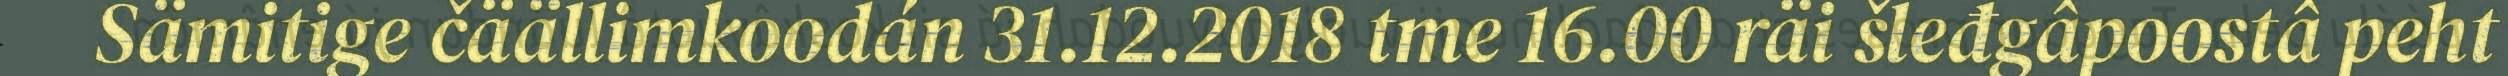
Sämitige čäällimkoodán 31.12.2018 tme 16.00 räi šleđgâpoostâ peht